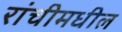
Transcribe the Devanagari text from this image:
रांचीमधील